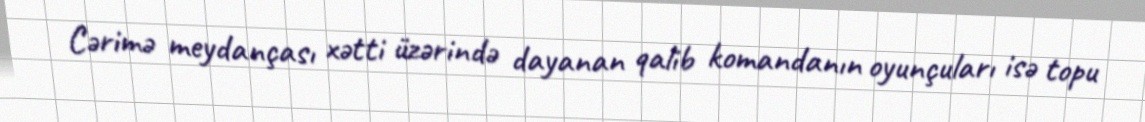
Cərimə meydançası xətti üzərində dayanan qalib komandanın oyunçuları isə topu